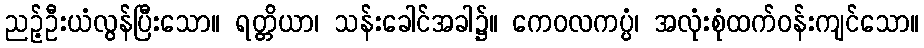
ညဉ့်ဦးယံလွန်ပြီးသော။ ရတ္တိယာ၊ သန်းခေါင်အခါ၌။ ကေဝလကပ္ပံ၊ အလုံးစုံထက်ဝန်းကျင်သော။